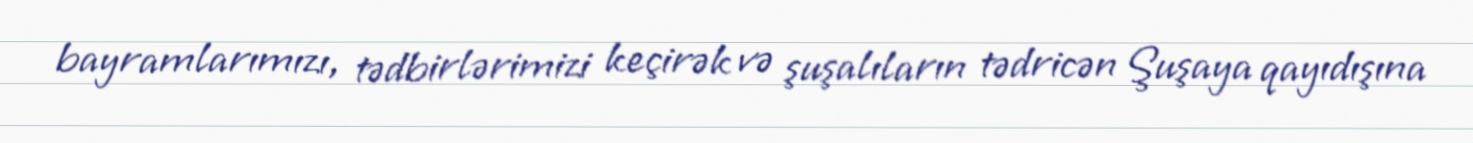
bayramlarımızı, tədbirlərimizi keçirək və şuşalıların tədricən Şuşaya qayıdışına